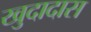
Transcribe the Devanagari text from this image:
खुदादास